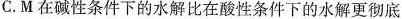
C.M在碱性条件下的水解比在酸性条件下的水解更彻底